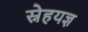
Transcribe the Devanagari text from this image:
स्नेहयज्ञ